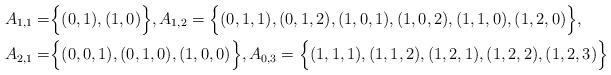
LaTeX: \begin{align*}A_{1,1} =& \Big\{ (0,1), (1,0) \Big\}, A_{1,2} = \Big\{ (0,1,1), (0,1,2), (1,0,1), (1,0,2), (1,1,0), (1,2,0) \Big\}, \\A_{2,1} =& \Big\{ (0,0,1), (0,1,0), (1,0,0) \Big\}, A_{0,3} = \Big\{ (1,1,1), (1,1,2), (1,2,1), (1,2,2), (1,2,3) \Big\}\end{align*}